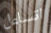
اتساءل